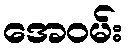
အေဝမ်း